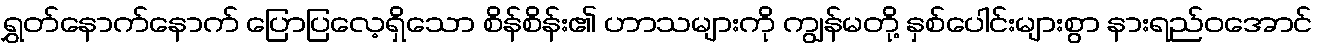
ရွှတ်နောက်နောက် ပြောပြလေ့ရှိသော စိန်စိန်း၏ ဟာသများကို ကျွန်မတို့ နှစ်ပေါင်းများစွာ နားရည်ဝအောင်